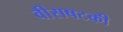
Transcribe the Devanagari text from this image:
वीसषटकी